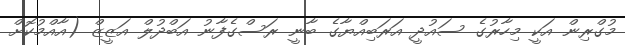
މުގްރިން އަކީ މިހާރުގެ ސައުދީ އަރަބިއްޔާގެ ބާނީ ރަސްގެފާނު އަބްދުލް އަޒީޒް (އާއްމުކޮށް